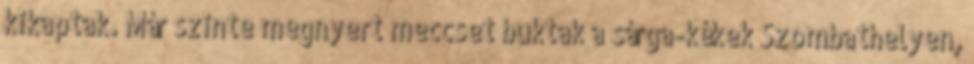
kikaptak. Már szinte megnyert meccset buktak a sárga-kékek Szombathelyen,